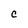
Character: C